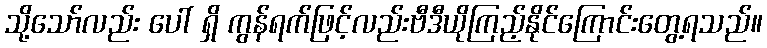
သို့သော်လည်း ပေါ် ရှိ ကွန်ရက်ဖြင့်လည်းဗီဒီယိုကြည့်နိုင်ကြောင်းတွေ့ရသည်။